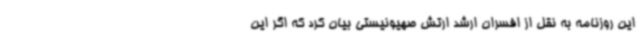
این روزنامه به نقل از افسران ارشد ارتش صهیونیستی بیان کرد که اگر این